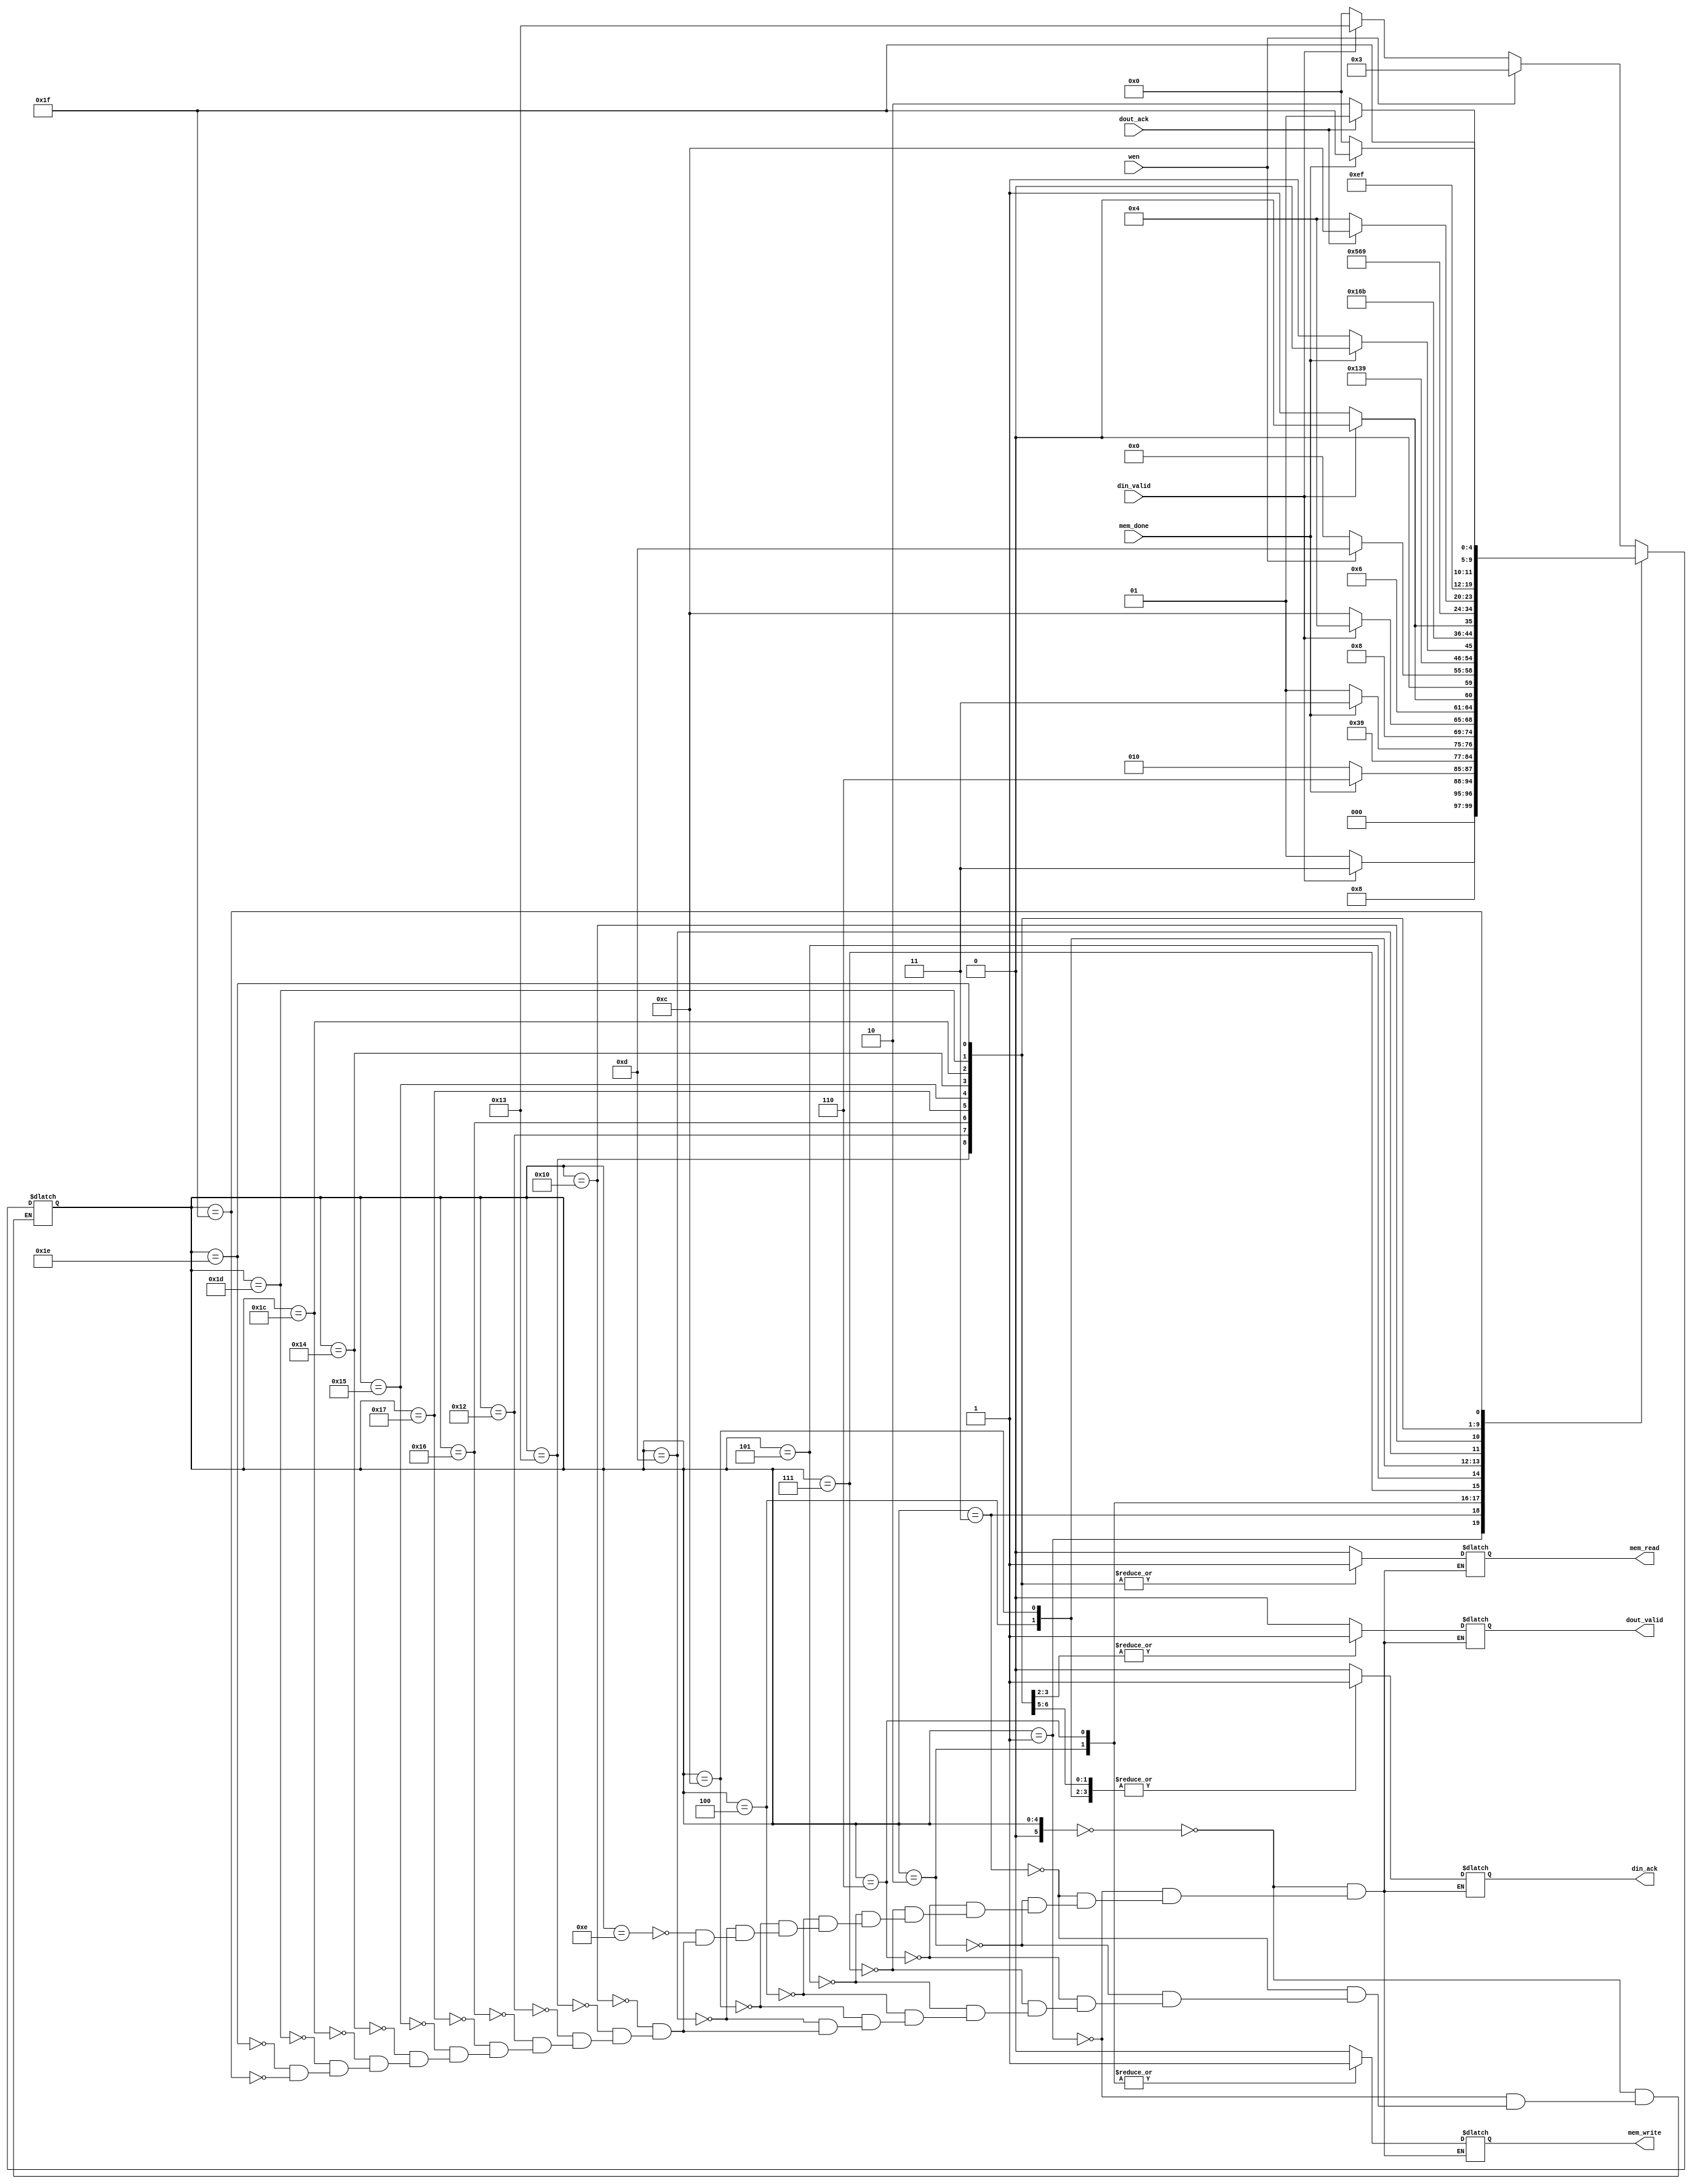
`timescale 1ns / 1ps
//////////////////////////////////////////////////////////////////////////////////
// Company: 
// Engineer: 
// 
// Design Name: 
// Module Name: mem_ctl
// Project Name: 
// Target Devices: 
// Tool Versions: 
// Description: 
// 
// Dependencies: 
// 
// Revision:
// Revision 0.01 - File Created
// Additional Comments:
// 
//////////////////////////////////////////////////////////////////////////////////


module mem_ctl(
    input din_valid,
    input wen,
    input dout_ack,
    input mem_done,
    output reg din_ack,
    output reg dout_valid,
    output reg mem_write,
    output reg mem_read
    );
    
    localparam 
        IDLE = 5'b00000,
        W0  = 5'b00001,
        W1  = 5'b00011,
        W2  = 5'b00010,
        W3  = 5'b00110, 
        W4  = 5'b00111,
        W5  = 5'b00101, 
        W6  = 5'b00100,
        W7  = 5'b01100,
        W8  = 5'b01101,
        W9  = 5'b01110,
        R0  = 5'b10000,
        R1  = 5'b10011,
        R2  = 5'b10010,
        R3  = 5'b10110,
        R4  = 5'b10111,
        R5  = 5'b10101,
        R6  = 5'b10100,
        R7  = 5'b11100,
        R8  = 5'b11101,
        R9  = 5'b11110,
        R10 = 5'b11111;
    
    reg [5:0] state = IDLE;
    reg [5:0] state_nxt =IDLE; 
    
    
    // asynch
    always@*
    begin
        state <= #10 state_nxt;
    end
    // next state
    always@*
    begin
        
        case(state)
        IDLE:
            begin
                if(wen == 1'b1) state_nxt = W1;
                else if(din_valid == 1'b1) state_nxt = R1;
                else state_nxt = IDLE;
            end
        W0:
            begin
                if(din_valid == 1'b1) state_nxt = W1;
                else state_nxt = W0;
            end
        W1: //transient
            begin
               state_nxt = W2;
            end
        W2:
            begin
                   if(mem_done == 1'b1) state_nxt = W3;
                    else state_nxt = W2;
            end
        W3: //transient
            begin
               state_nxt = W4;
            end
        W4:
            begin
               if(mem_done == 1'b0) state_nxt = W5;
               else state_nxt = W4;
            end
        W5: //transient
            begin
               state_nxt = W6;
            end
        W6:
            begin
               if(din_valid == 1'b0) state_nxt = W7;
               else state_nxt = W6;
            end
        W7:
            begin
               if(din_valid == 1'b0) state_nxt = W8;
               else state_nxt = W7;
            end             
        W8:
            begin
                if(wen == 1'b0) state_nxt = IDLE;
                else state_nxt = W8;
            end     
         R0: //transient
            begin
                state_nxt = R1;
            end           
         R1: 
            begin
                if(mem_done == 1'b1) state_nxt = R2;
                else state_nxt = R1;
            end
         R2: //transient
            begin
                state_nxt = R3;
            end
         R3: 
            begin
                if(din_valid == 1'b0) state_nxt = R4;
                else state_nxt = R3;
            end
         R4: //transient
            begin
                state_nxt = R5;
            end        
         R5: //transient
            begin
                state_nxt = R6;
            end
         R6: 
            begin
                if(dout_ack == 1'b1) state_nxt = R7;
                else state_nxt = R6;
            end
         R7: //transient
            begin
                state_nxt = R8;
            end
         R8: 
            begin
                if(dout_ack == 1'b0) state_nxt = R9;
                else state_nxt = R8;
            end 
         R9: //transient
            begin
                state_nxt = R10;
            end
         R10: 
            begin
                if(mem_done == 1'b0) state_nxt = IDLE;
                else state_nxt = R10;
            end          
        endcase
        
    end
    //output
    always@*
    begin
        case (state)
        IDLE:
            begin
                din_ack = 0;
                dout_valid = 0;
                mem_write = 0;
                mem_read = 0;
            end
        W0:
            begin
                din_ack = 0;
                dout_valid = 0;
                mem_write = 0;
                mem_read = 0;
            end
        W1:
            begin
                din_ack = 0;
                dout_valid = 0;
                mem_write = 0;
                mem_read = 0;
            end            
        W2:
            begin
                din_ack = 0;
                dout_valid = 0;
                mem_write = 1;
                mem_read = 0;
            end             
        W3:
            begin
                din_ack = 0;
                dout_valid = 0;
                mem_write = 1;
                mem_read = 0;
            end            
        W4:
            begin
                din_ack = 0;
                dout_valid = 0;
                mem_write = 0;
                mem_read = 0;
            end            
        W5:
            begin
                din_ack = 0;
                dout_valid = 0;
                mem_write = 0;
                mem_read = 0;
            end            
        W6:
            begin
                din_ack = 1;
                dout_valid = 0;
                mem_write = 0;
                mem_read = 0;
            end                    
        W7:
            begin
                din_ack = 1; 
                dout_valid = 0;
                mem_write = 0;
                mem_read = 0;
            end      
        W8:
            begin
               din_ack = 0; 
               dout_valid = 0;
               mem_write = 0;
               mem_read = 0;
            end    
        W9:
            begin
               din_ack = 0; 
               dout_valid = 0;
               mem_write = 0;
               mem_read = 0;
            end   
            
        R0:
        begin
            din_ack = 0;
            dout_valid = 0;
            mem_write = 0;
            mem_read = 0;
        end
        
        R1:
        begin
            din_ack = 0;
            dout_valid = 0;
            mem_write = 0;
            mem_read = 1;
        end
        
        R2:
        begin
            din_ack = 0;
            dout_valid = 0;
            mem_write = 0;
            mem_read = 1;
        end
        
        R3:
        begin
            din_ack = 1;
            dout_valid = 0;
            mem_write = 0;
            mem_read = 1;
        end
        
        R4:
        begin
            din_ack = 1;
            dout_valid = 0;
            mem_write = 0;
            mem_read = 1;
        end
        
        R5:
        begin
            din_ack = 0;
            dout_valid = 0;
            mem_write = 0;
            mem_read = 1;
        end
        
        R6:
        begin
            din_ack = 0;
            dout_valid = 1;
            mem_write = 0;
            mem_read = 1;
        end
        
        R7:
        begin
            din_ack = 0;
            dout_valid = 1;
            mem_write = 0;
            mem_read = 1;
        end
        
        R8:
        begin
            din_ack = 0;
            dout_valid = 0;
            mem_write = 0;
            mem_read = 1;
        end
        
        R9:
        begin
            din_ack = 0;
            dout_valid = 0;
            mem_write = 0;
            mem_read = 1;
        end
             
        R10:
        begin
            din_ack = 0;
            dout_valid = 0;
            mem_write = 0;
            mem_read = 0;
        end          
               
        endcase
    end
    
endmodule